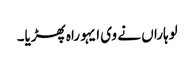
لوہاراں نے وی ایہو راہ پھڑیا۔